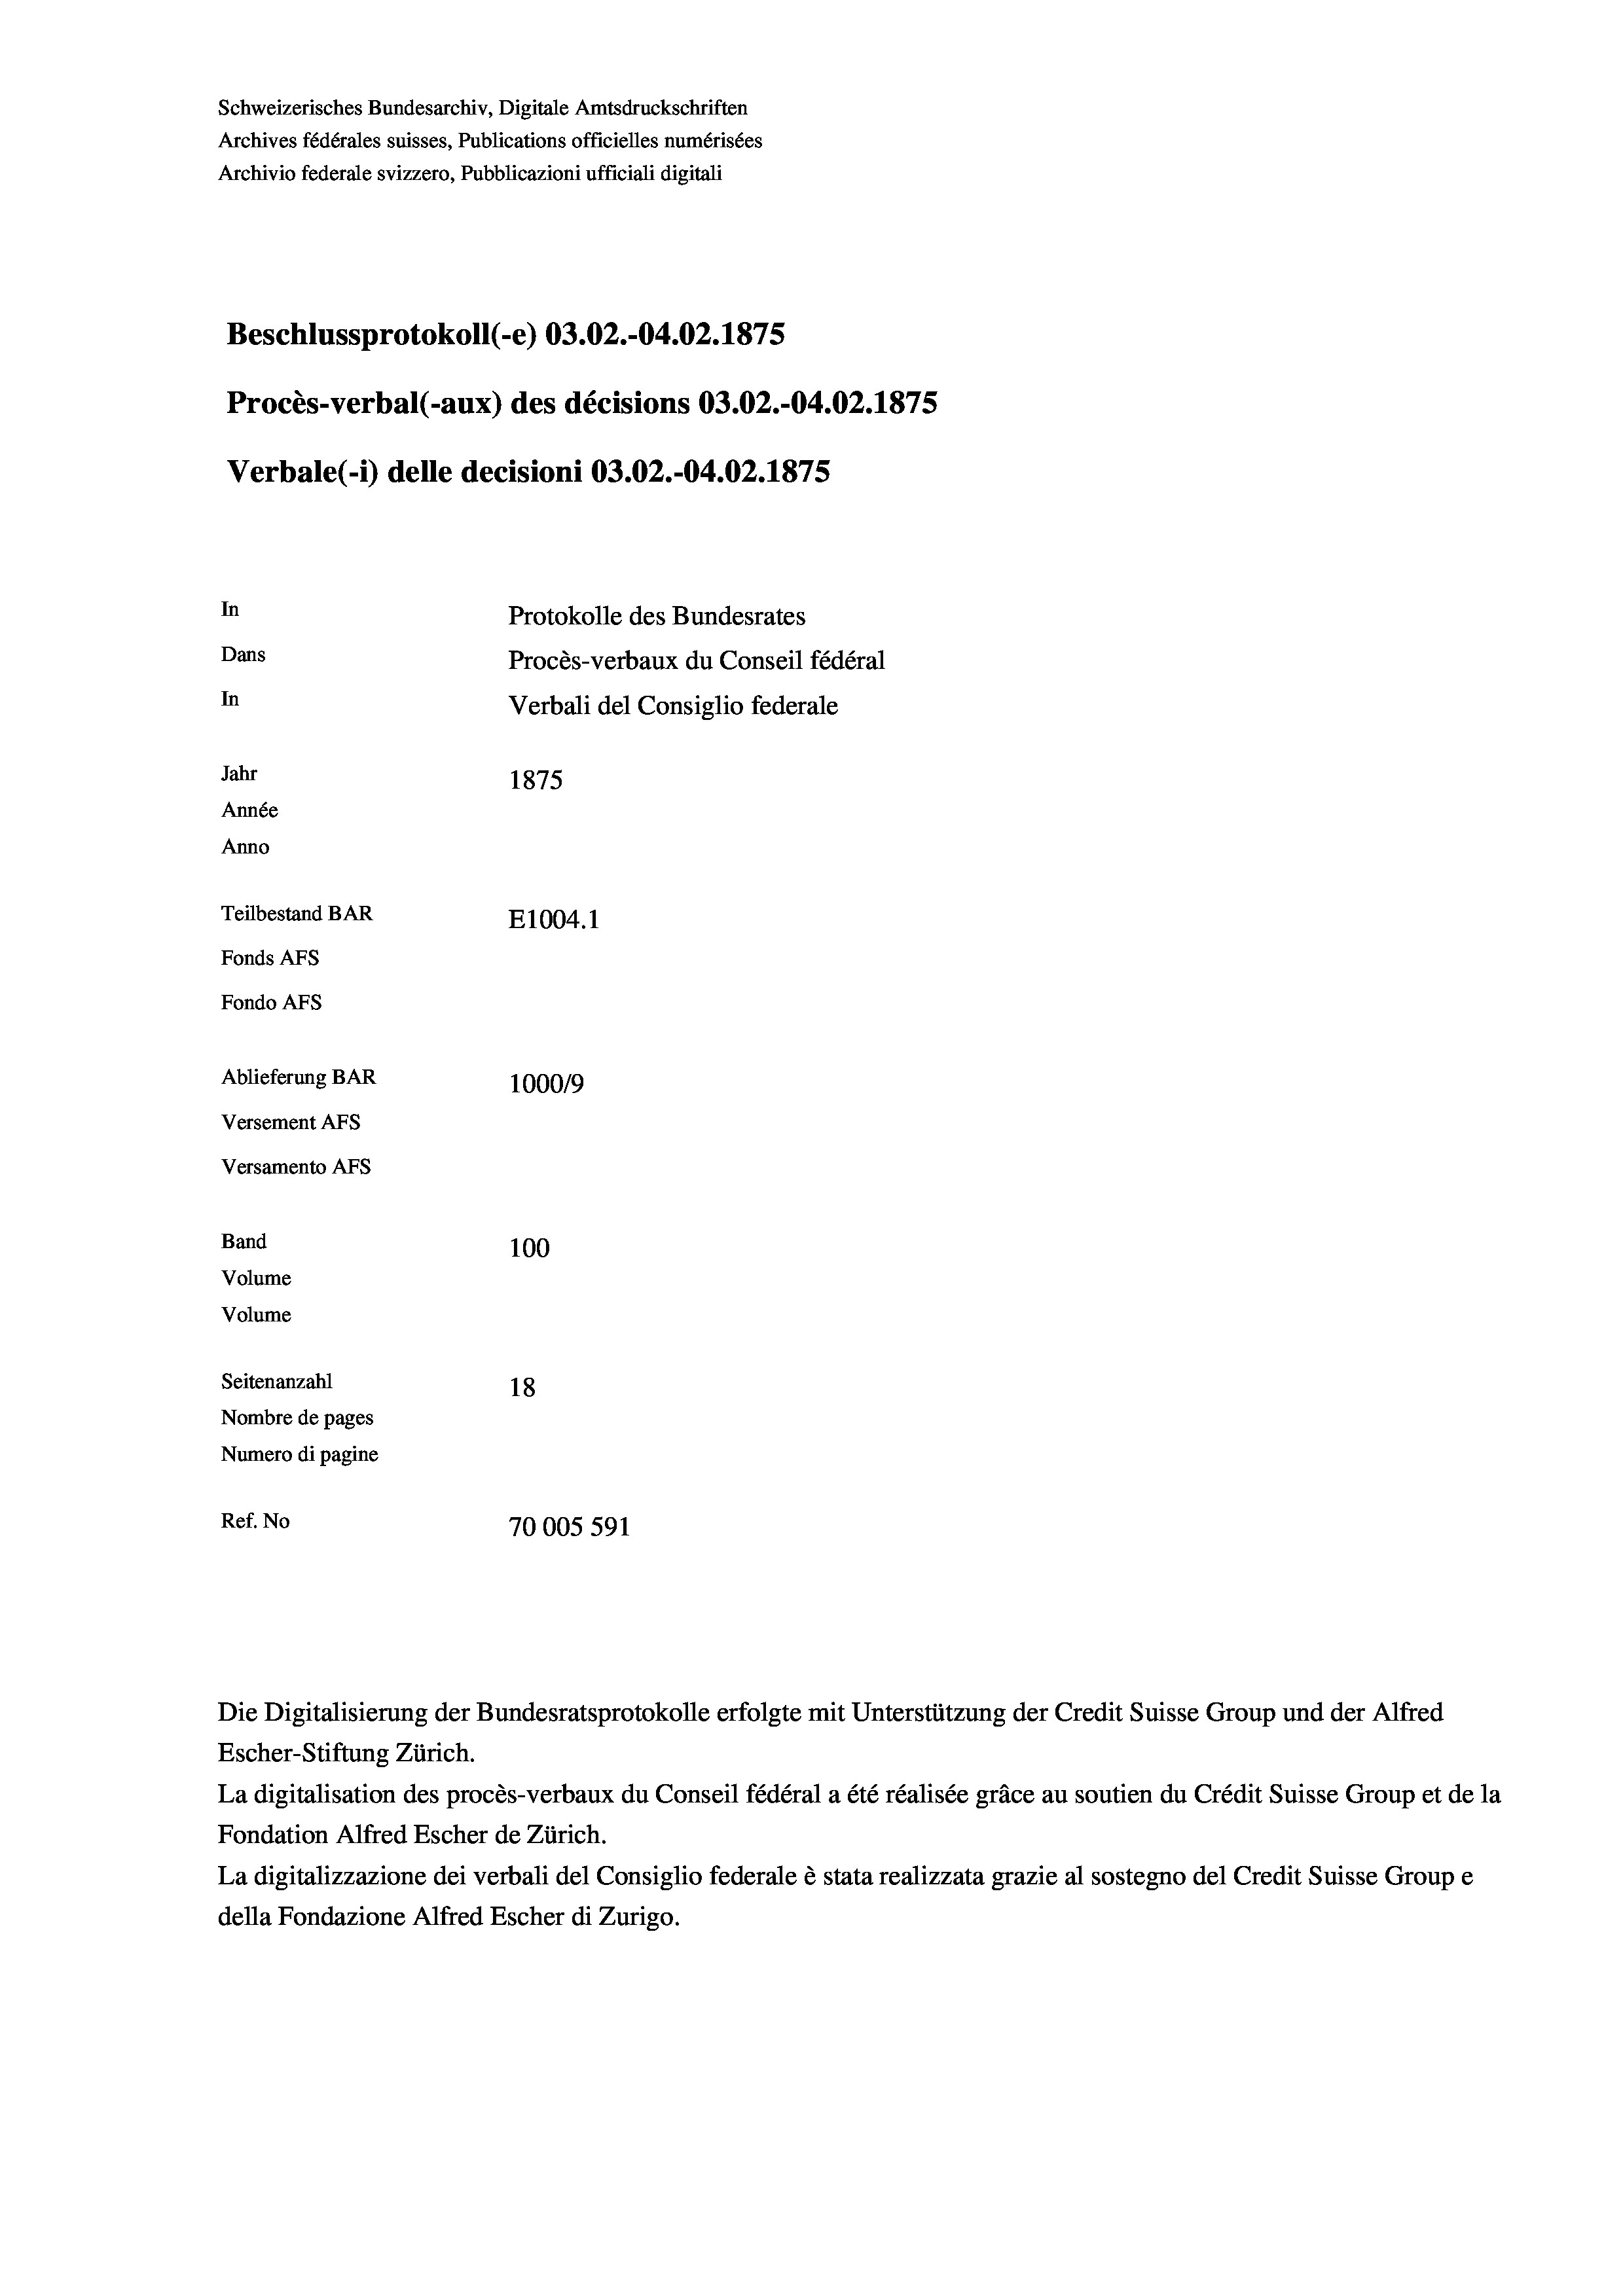
Schweizerisches Bundesarchiv, Digitale Amtsdruckschriften
Archives fédérales suisses, Publications officielles numérisées
Archivio federale svizzero, Pubblicazioni ufficiali digitali
Beschlussprotokoll (-e) 03.02.-04.02.1875
Procès-verbal (-aux) des décisions 03.02.-04.02.1875
Verbale (- 1) delle decisioni 03.02.-04.02. 1875
In
Protokolle des Bundesrates
Dans
Procès-verbaux du Conseil fédéral
In
Verbali del Consiglio federale
Jahr
1875
Année
Anno
Teilbestand BAR
E1004. 1
Fonds AFs
Fondo Afs
Ablieferung BAR
100019
Versement AFs
Versamento AFS
Band
100
Volume
Volume
Seitenanzahl
18
Nombre de pages
Numero di pagine
Ref. No
70005 591

Escher-Stiftung Zürich.
La digitalisation des procès-verbaux du Conseil fédéral a été réalisée gräce au soutien du Crédit Suisse Group et de la
Fondation Alfred Escher de Zürich.
La digitalizzazione dei verbali del Consiglio federale è stata realizzata grazie al sostegno del Credit Suisse Groupe
della Fondazione Alfred Escher di Zurigo.

Die Digitalisierung der Bundesratsprotokolle erfolgte mit Unterstützung der Credit Suisse Group und der Alfred